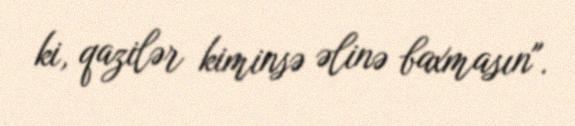
ki, qazilər kiminsə əlinə baxmasın".